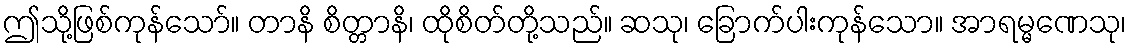
ဤသို့ဖြစ်ကုန်သော်။ တာနိ စိတ္တာနိ၊ ထိုစိတ်တို့သည်။ ဆသု၊ ခြောက်ပါးကုန်သော။ အာရမ္မဏေသု၊